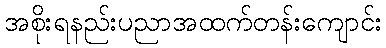
အစိုးရနည်းပညာအထက်တန်းကျောင်း